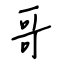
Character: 哥